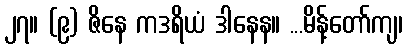
၂၇။ (၉) ဇိနေ ကဒရိယံ ဒါနေန။ ...မိန့်တော်ကျ၊